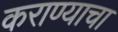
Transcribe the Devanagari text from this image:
कराण्याचा